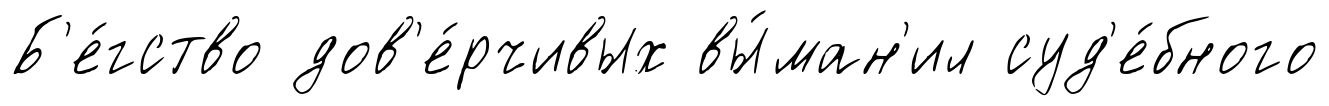
Б'е́гство дов'е́рчивых вы́ман'ил суд'е́бного